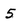
Character: 5